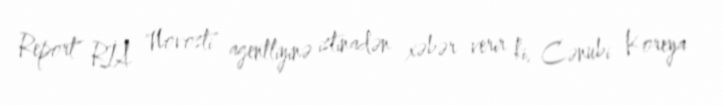
Report" RİA "Novosti" agentliyinə istinadən xəbər verir ki, Cənubi Koreya